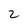
Character: 2